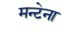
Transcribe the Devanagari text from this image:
मन्टेना